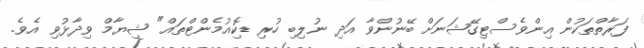
ފަރާތްތަކުން އިންވެސްޓިގޭޝަނަށް ބޭނުންވާ އަދި ނުލިބި ހުރި ޑޮކިއުމެންޓްތައް" ޝިޔާމް ވިދާޅުވި އެވެ.